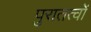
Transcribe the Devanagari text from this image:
पुरातत्वों